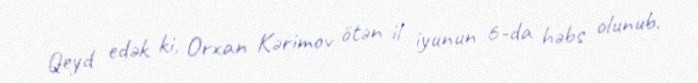
Qeyd edək ki, Orxan Kərimov ötən il iyunun 6-da həbs olunub.